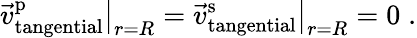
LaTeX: \vec{v}_{\mathrm{tangential}}^{\mathrm{p}}\big|_{r=R}=\vec{v}_{\mathrm{tangential}}^{\mathrm{s}}\big|_{r=R}=0\; .